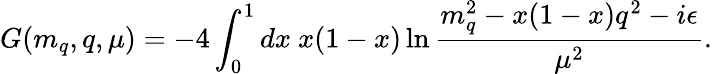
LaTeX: G(m_{q},q,\mu)=-4\int_{0}^{1}dx~x(1-x)\ln\frac{m_{q}^{2}-x(1-x)q^{2}-i\epsilon}{\mu^{2}}.